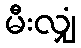
မီးလျှံ